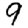
Digit: 9